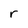
Character: r